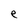
Character: e